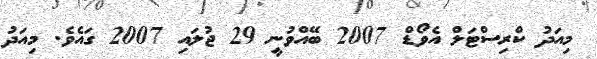
މިއަދު ކްރިސްޓަލް އެވޯޑް 2007 ބޭއްވުނީ 29 ޖުލައި 2007 ގައެވެ. މިއަދު